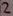
Text: 2